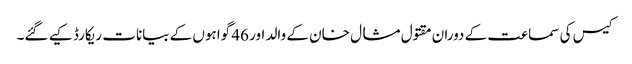
کیس کی سماعت کے دوران مقتول مشال خان کے والد اور 46 گواہوں کے بیانات ریکارڈ کیے گئے۔